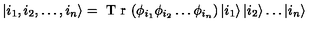
\left| { i _ { 1 } , i _ { 2 } , \ldots , i _ { n } } \right\rangle = { \textnormal { T r } } ( \phi _ { i _ { 1 } } \phi _ { i _ { 2 } } \ldots \phi _ { i _ { n } } ) \left| { i _ { 1 } } \right\rangle \left| { i _ { 2 } } \right\rangle \ldots \left| { i _ { n } } \right\rangle